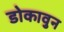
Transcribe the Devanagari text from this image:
डोकावुन